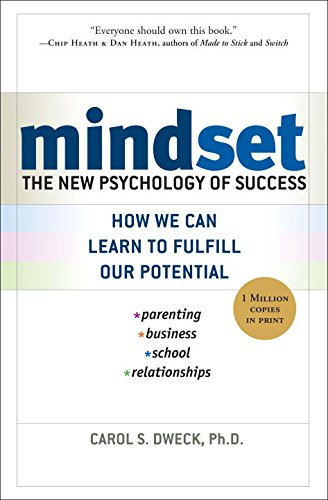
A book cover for Mindset: The New Psychology of Success; Carol Dweck; Self-Help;